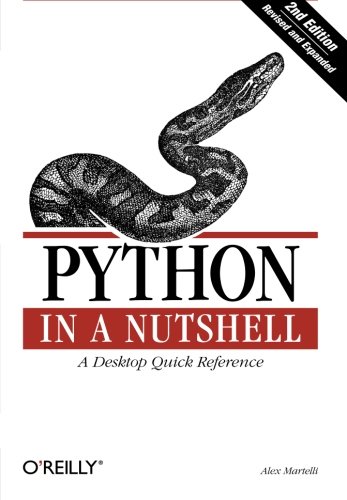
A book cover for Python in a Nutshell, Second Edition (In a Nutshell); Alex Martelli; Computers & Technology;